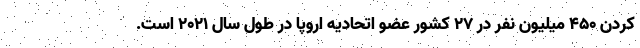
کردن ۴۵۰ میلیون نفر در ۲۷ کشور عضو اتحادیه اروپا در طول سال ۲۰۲۱ است.